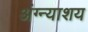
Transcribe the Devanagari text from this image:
अंग्न्याशय